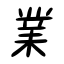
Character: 業